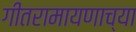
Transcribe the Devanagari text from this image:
गीतरामायणाच्या